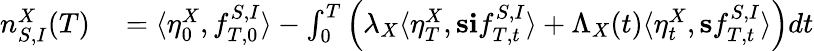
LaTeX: \begin{array}{rl}{n_{S,I}^{X}(T)}&{{}=\langle\eta_{0}^{X},f_{T,0}^{S,I}\rangle-\int_{0}^{T}\left(\lambda_{X}\langle\eta_{T}^{X},\mathbf{s}\mathbf{i}f_{T,t}^{S,I}\rangle+\Lambda_{X}(t)\langle\eta_{t}^{X},\mathbf{s}f_{T,t}^{S,I}\rangle\right)dt}\end{array}